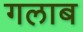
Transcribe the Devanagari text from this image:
गलाब